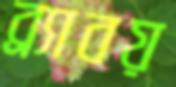
ব্র্যাবয়